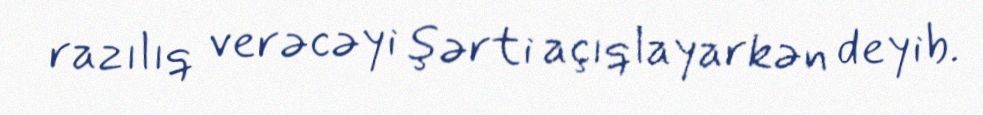
razılıq verəcəyi şərti açıqlayarkən deyib.